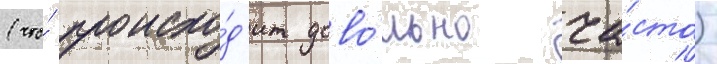
(что́ происхо́д'ит дово́льно ча́сто)